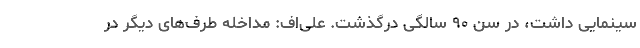
سینمایی داشت، در سن ۹۰ سالگی درگذشت. علی‌اف: مداخله طرف‌های دیگر در